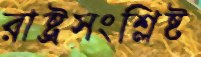
রাষ্ট্রসংশ্লিষ্ট